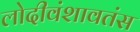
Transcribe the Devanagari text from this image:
लोदीवंशावतंस